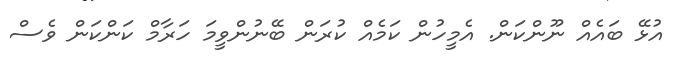
އުޅޭ ބައެއް ނޫންކަން. އެމީހުން ކަމެއް ކުރަން ބޭނުންވީމަ ހަރާމް ކަންކަން ވެސް